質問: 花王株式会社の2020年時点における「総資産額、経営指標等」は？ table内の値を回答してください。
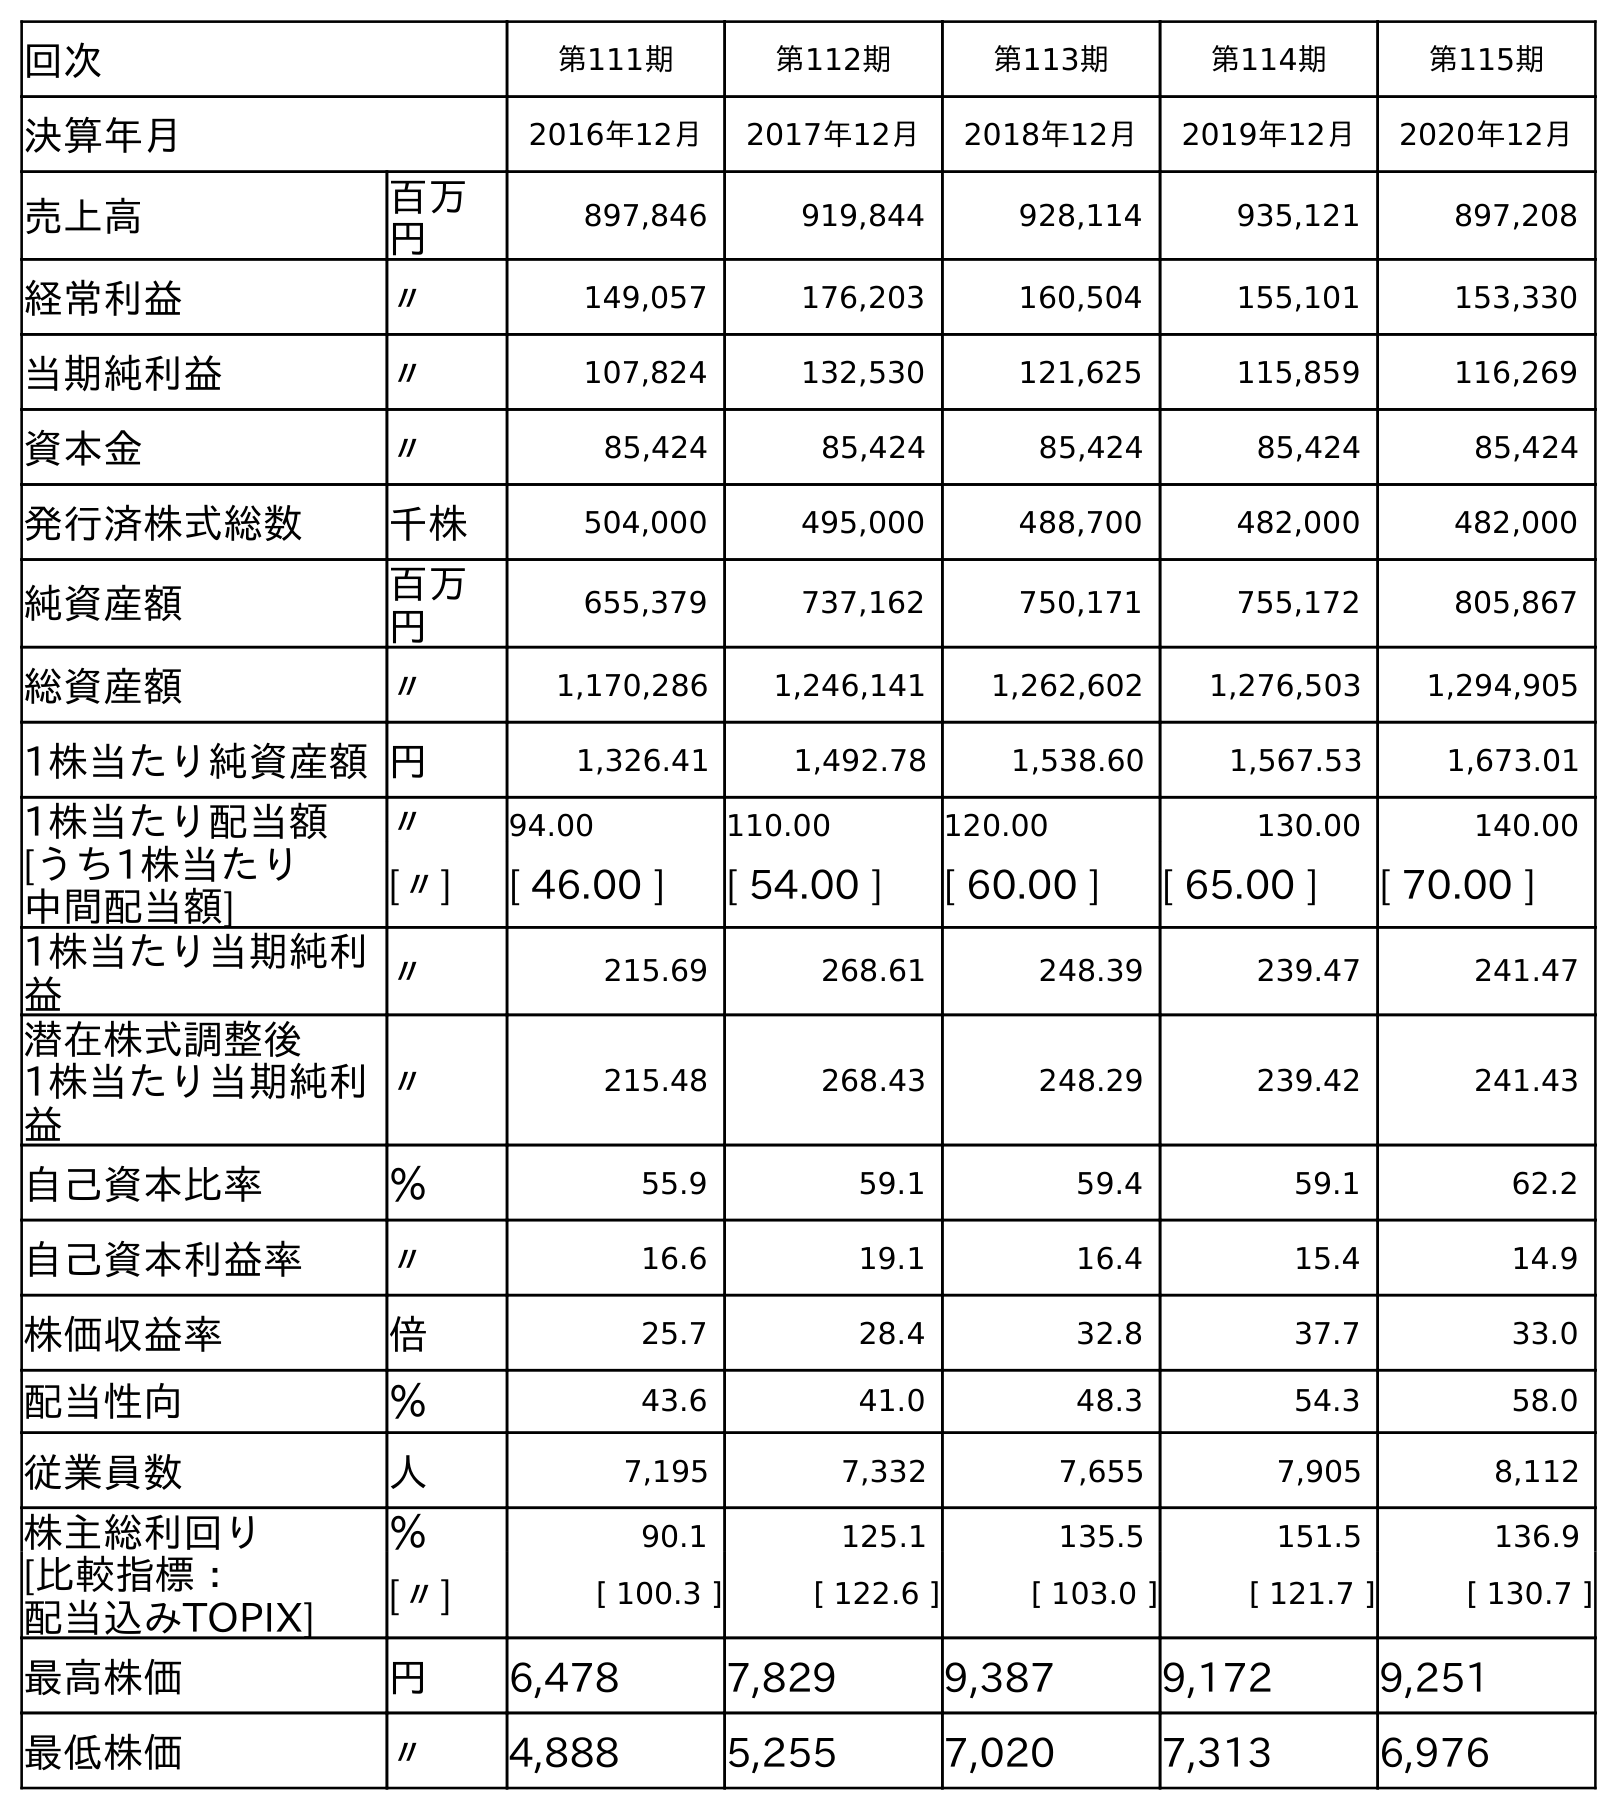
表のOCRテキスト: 回次 第111期 第112期 第113期 第114期 第115期 決算年月 2016年12月 2017年12月 2018年12月 2019年12月 2020年12月 売上高 百万 円 897,846 919,844 928,114 935,121 897,208 経常利益 〃 149,057 176,203 160,504 155,101 153,330 当期純利益 〃 107,824 132,530 121,625 115,859 116,269 資本金 〃 85,424 85,424 85,424 85,424 85,424 発行済株式総数 千株 504,000 495,000 488,700 482,000 482,000 純資産額 百万 円 655,379 737,162 750,171 755,172 805,867 総資産額 〃 1,170,286 1,246,141 1,262,602 1,276,503 1,294,905 1株当たり純資産額円 1,326.41 1,492.78 1,538.60 1,567.53 1,673.01 1株当たり配当額 〃 94.00 110.00 120.00 130.00 140.00 [うち1株当たり 中間配当額] [〃] [ 46.00 ] [ 54.00 ] [ 60.00 ] [ 65.00 ] [ 70.00 ] 1株当たり当期純利 益 〃 215.69 268.61 248.39 239.47 241.47 潜在株式調整後 1株当たり当期純利 益 〃 215.48 268.43 248.29 239.42 241.43 自己資本比率 ％ 55.9 59.1 59.4 59.1 62.2 自己資本利益率 〃 16.6 19.1 16.4 15.4 14.9 株価収益率 倍 25.7 28.4 32.8 37.7 33.0 配当性向 ％ 43.6 41.0 48.3 54.3 58.0 従業員数 人 7,195 7,332 7,655 7,905 8,112 株主総利回り ％ 90.1 125.1 135.5 151.5 136.9 [比較指標： 配当込みTOPIX] [〃] [ 100.3 ] [ 122.6 ] [ 103.0 ] [ 121.7 ] [ 130.7 ] 最高株価 円 6,478 7,829 9,387 9,172 9,251 最低株価 〃 4,888 5,255 7,020 7,313 6,976
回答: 1,294,905